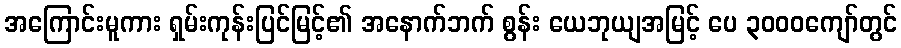
အကြောင်းမူကား ရှမ်းကုန်းပြင်မြင့်၏ အနောက်ဘက် စွန်း ယေဘုယျအမြင့် ပေ ၃၀၀၀ကျော်တွင်